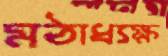
মঠাধ্যক্ষ